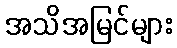
အသိအမြင်များ